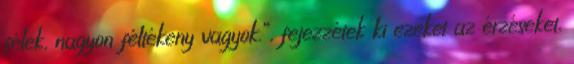
félek, nagyon féltékeny vagyok.”, fejezzétek ki ezeket az érzéseket,